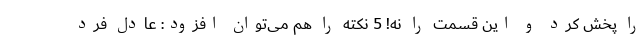
را پخش کرد و این قسمت را نه! 5 نکته را هم می‌توان افزود: عادل فرد